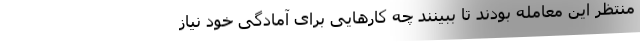
منتظر این معامله بودند تا ببینند چه کارهایی برای آمادگی خود نیاز